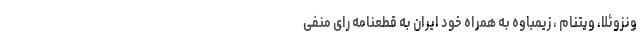
ونزوئلا، ویتنام ، زیمباوه به همراه خود ایران به قطعنامه رای منفی